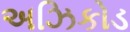
અઝિકોડ